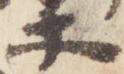
等